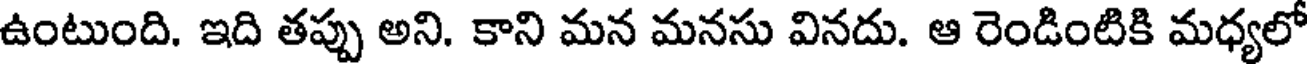
ఉంటుంది. ఇది తప్పు అని. కాని మన మనసు వినదు. ఆ రెండింటికి మధ్యలో